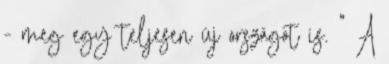
- meg egy teljesen új országot is. " A